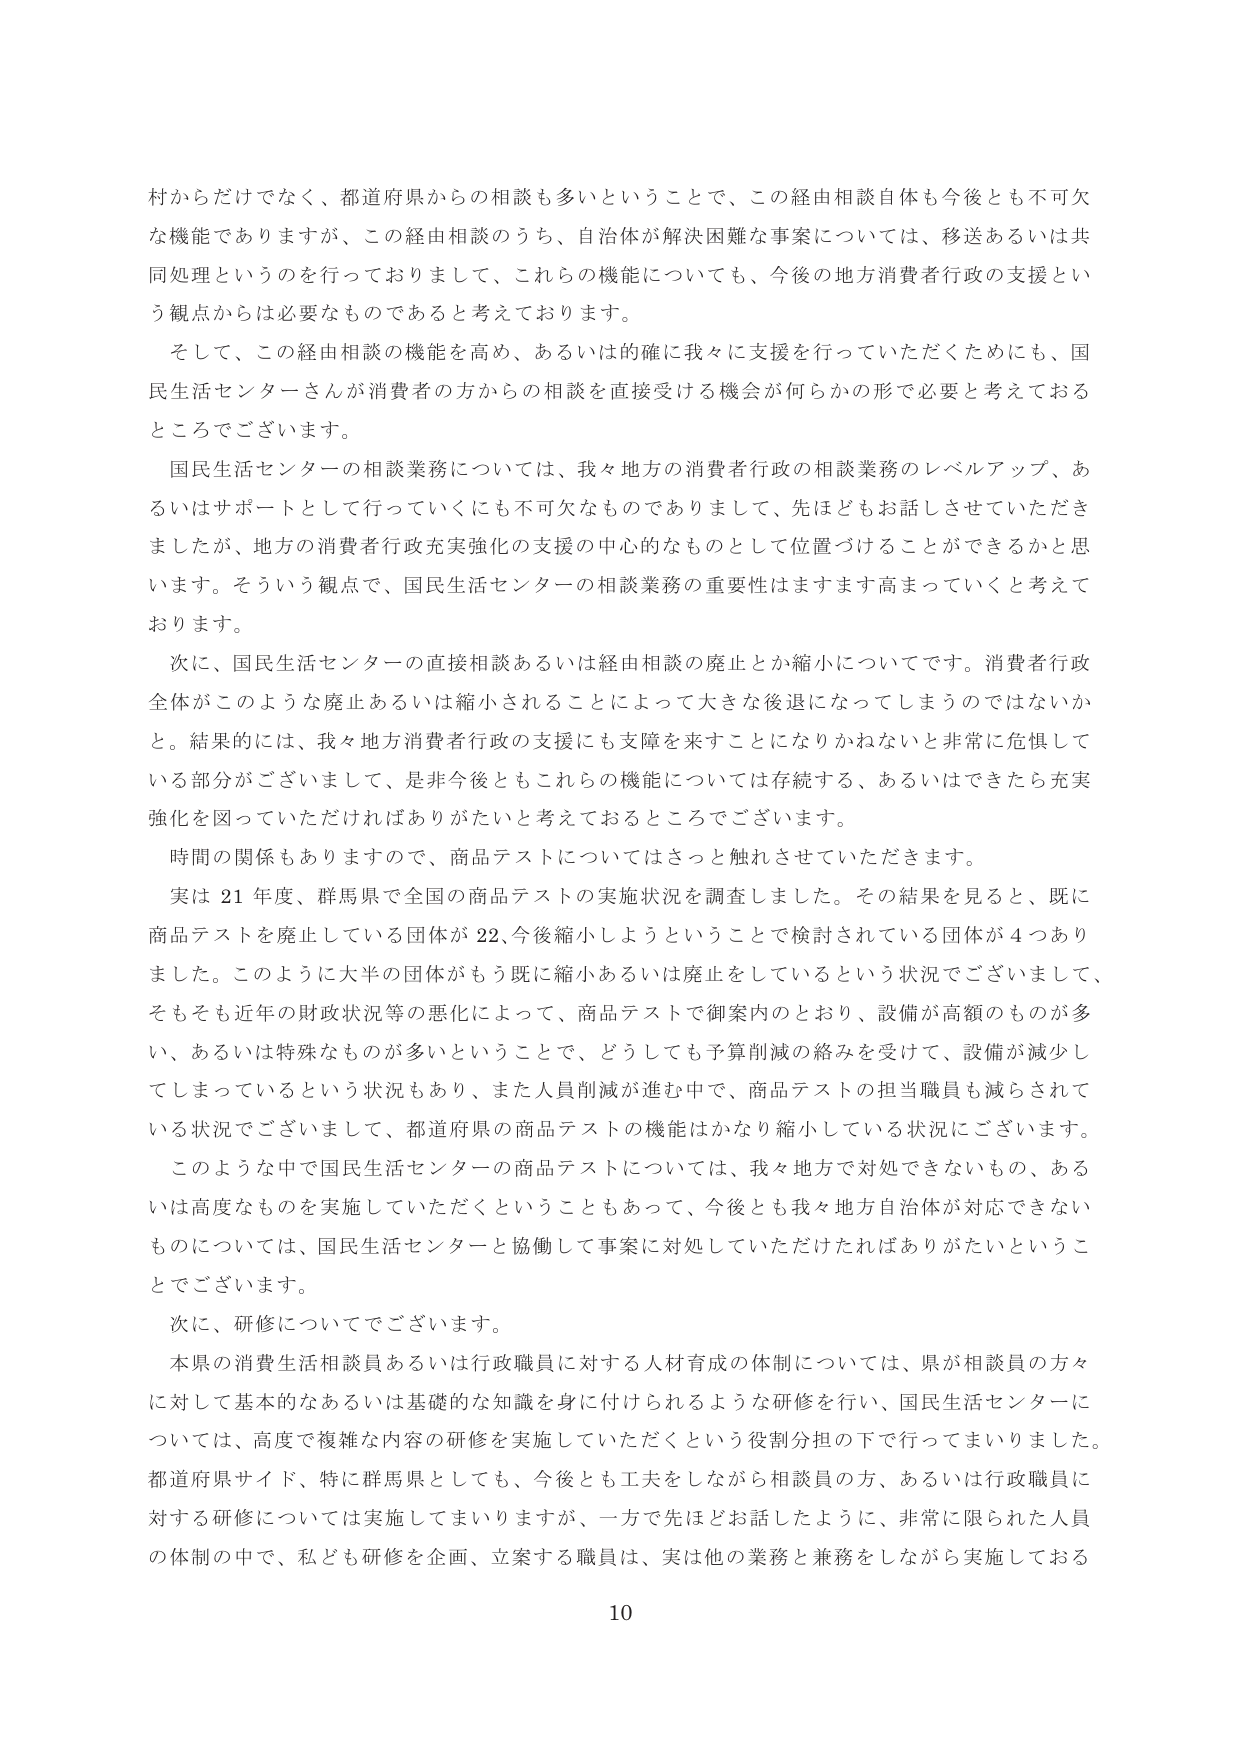
村からだけでなく、都道府県からの相談も多いということで、この経由相談自体も今後とも不可欠な機能でありますが、この経由相談のうち、自治体が解決困難な事案については、移送あるいは共同処理というのを行っておりますし、これらの機能についても、今後の地方消費者行政の支援という観点からは必要なものであると考えております。

そして、この経由相談の機能を高め、あるいは的確に我々に支援を行っていただくためにも、国民生活センターさんが消費者の方からの相談を直接受ける機会が何らかの形で必要と考えておるところでございます。

国民生活センターの相談業務については、我々地方の消費者行政の相談業務のレベルアップ、あるいはサポートとして行っていくにも不可欠なものでありますし、先ほどもお話しさせていただきましたが、地方の消費者行政充実強化の支援の中心的なものとして位置づけることができるかと思います。そういう観点で、国民生活センターの相談業務の重要性はますます高まっていくと考えております。

次に、国民生活センターの直接相談あるいは経由相談の廃止とか縮小についてです。消費者行政全体がこのような廃止あるいは縮小されることによって大きな後退になってしまうのではないかと。結果的には、我々地方消費者行政の支援にも支障を来すことになりかねないと非常に危惧している部分がございまして、是非今後ともこれらの機能については存続する、あるいはできたら充実強化を図っていただければありがたいと考えておるところでございます。

時間の関係もありますので、商品テストについてはさっと触れさせていただきます。

実は21年度、群馬県で全国の商品テストの実施状況を調査しました。その結果を見ると、既に商品テストを廃止している団体が22、今後縮小しようということで検討されている団体が4つありました。このように大半の団体がもう既に縮小あるいは廃止をしているという状況でございまして、そもそも近年の財政状況等の悪化によって、商品テストで御案内のとおり、設備が高額のものが多い、あるいは特殊なものが多いということで、どうしても予算削減の絡みを受けて、設備が減少してしまっているという状況もあり、また人員削減が進む中で、商品テストの担当職員も減らされている状況でございまして、都道府県の商品テストの機能はかなり縮小している状況でございます。

このような中で国民生活センターの商品テストについては、我々地方で対処できないもの、あるいは高度なものを実施していただくということもあって、今後とも我々地方自治体が対応できないものについては、国民生活センターと協働して事案に対処していただければありがたいということでございます。

次に、研修についてでございます。

本県の消費生活相談員あるいは行政職員に対する人材育成の体制については、県が相談員の方々に対して基本的なあるいは基礎的な知識を身に付けられるような研修を行い、国民生活センターについては、高度で複雑な内容の研修を実施していただくという役割分担の下で行ってまいりました。都道府県サイド、特に群馬県としても、今後とも工夫をしながら相談員の方、あるいは行政職員に対する研修については実施してまいりますが、一方で先ほどお話したように、非常に限られた人員の体制の中で、私ども研修を企画、立案する職員は、実は他の業務と兼務をしながら実施しておる

10